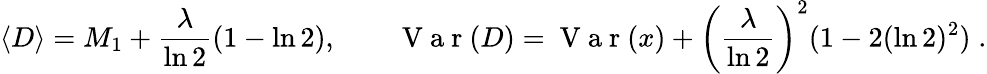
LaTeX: \left\langle{D}\right\rangle=M_{1}+\frac{\lambda}{\ln 2}(1-\ln 2),\qquad\mathrm{~V~a~r~}(D)=\mathrm{~V~a~r~}(x)+\left(\frac{\lambda}{\ln 2}\right)^{2}(1-2(\ln 2)^{2})\; .